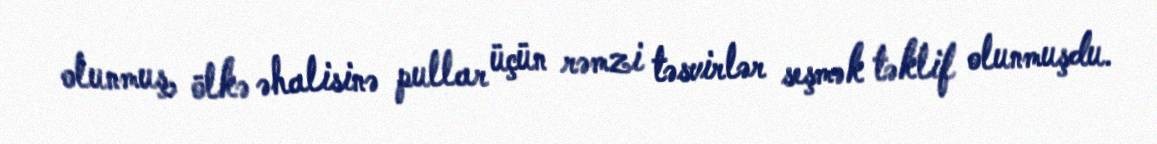
olunmuş, ölkə əhalisinə pullar üçün rəmzi təsvirlər seşmək təklif olunmuşdu.